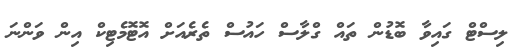
ލިސްޓް ގައިވާ ބޮޑުން ތައް ގްލާސް ހައުސް ތެރެއަށް އޮޓޮމެޓިކް އިން ވަންނަ